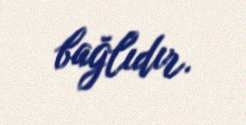
bağlıdır.